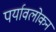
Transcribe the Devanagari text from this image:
पर्यावलोकन